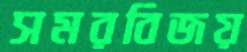
সমরবিজয়